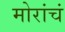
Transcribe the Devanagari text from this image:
मोरांचं